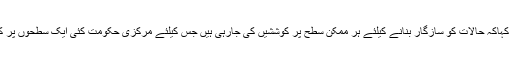
انہوں نے مزید کہاکہ حالات کو سازگار بنانے کیلئے ہر ممکن سطح پر کوششیں کی جارہی ہیں جس کیلئے مرکزی حکومت کئی ایک سطحوں پر کام کررہی ہے۔